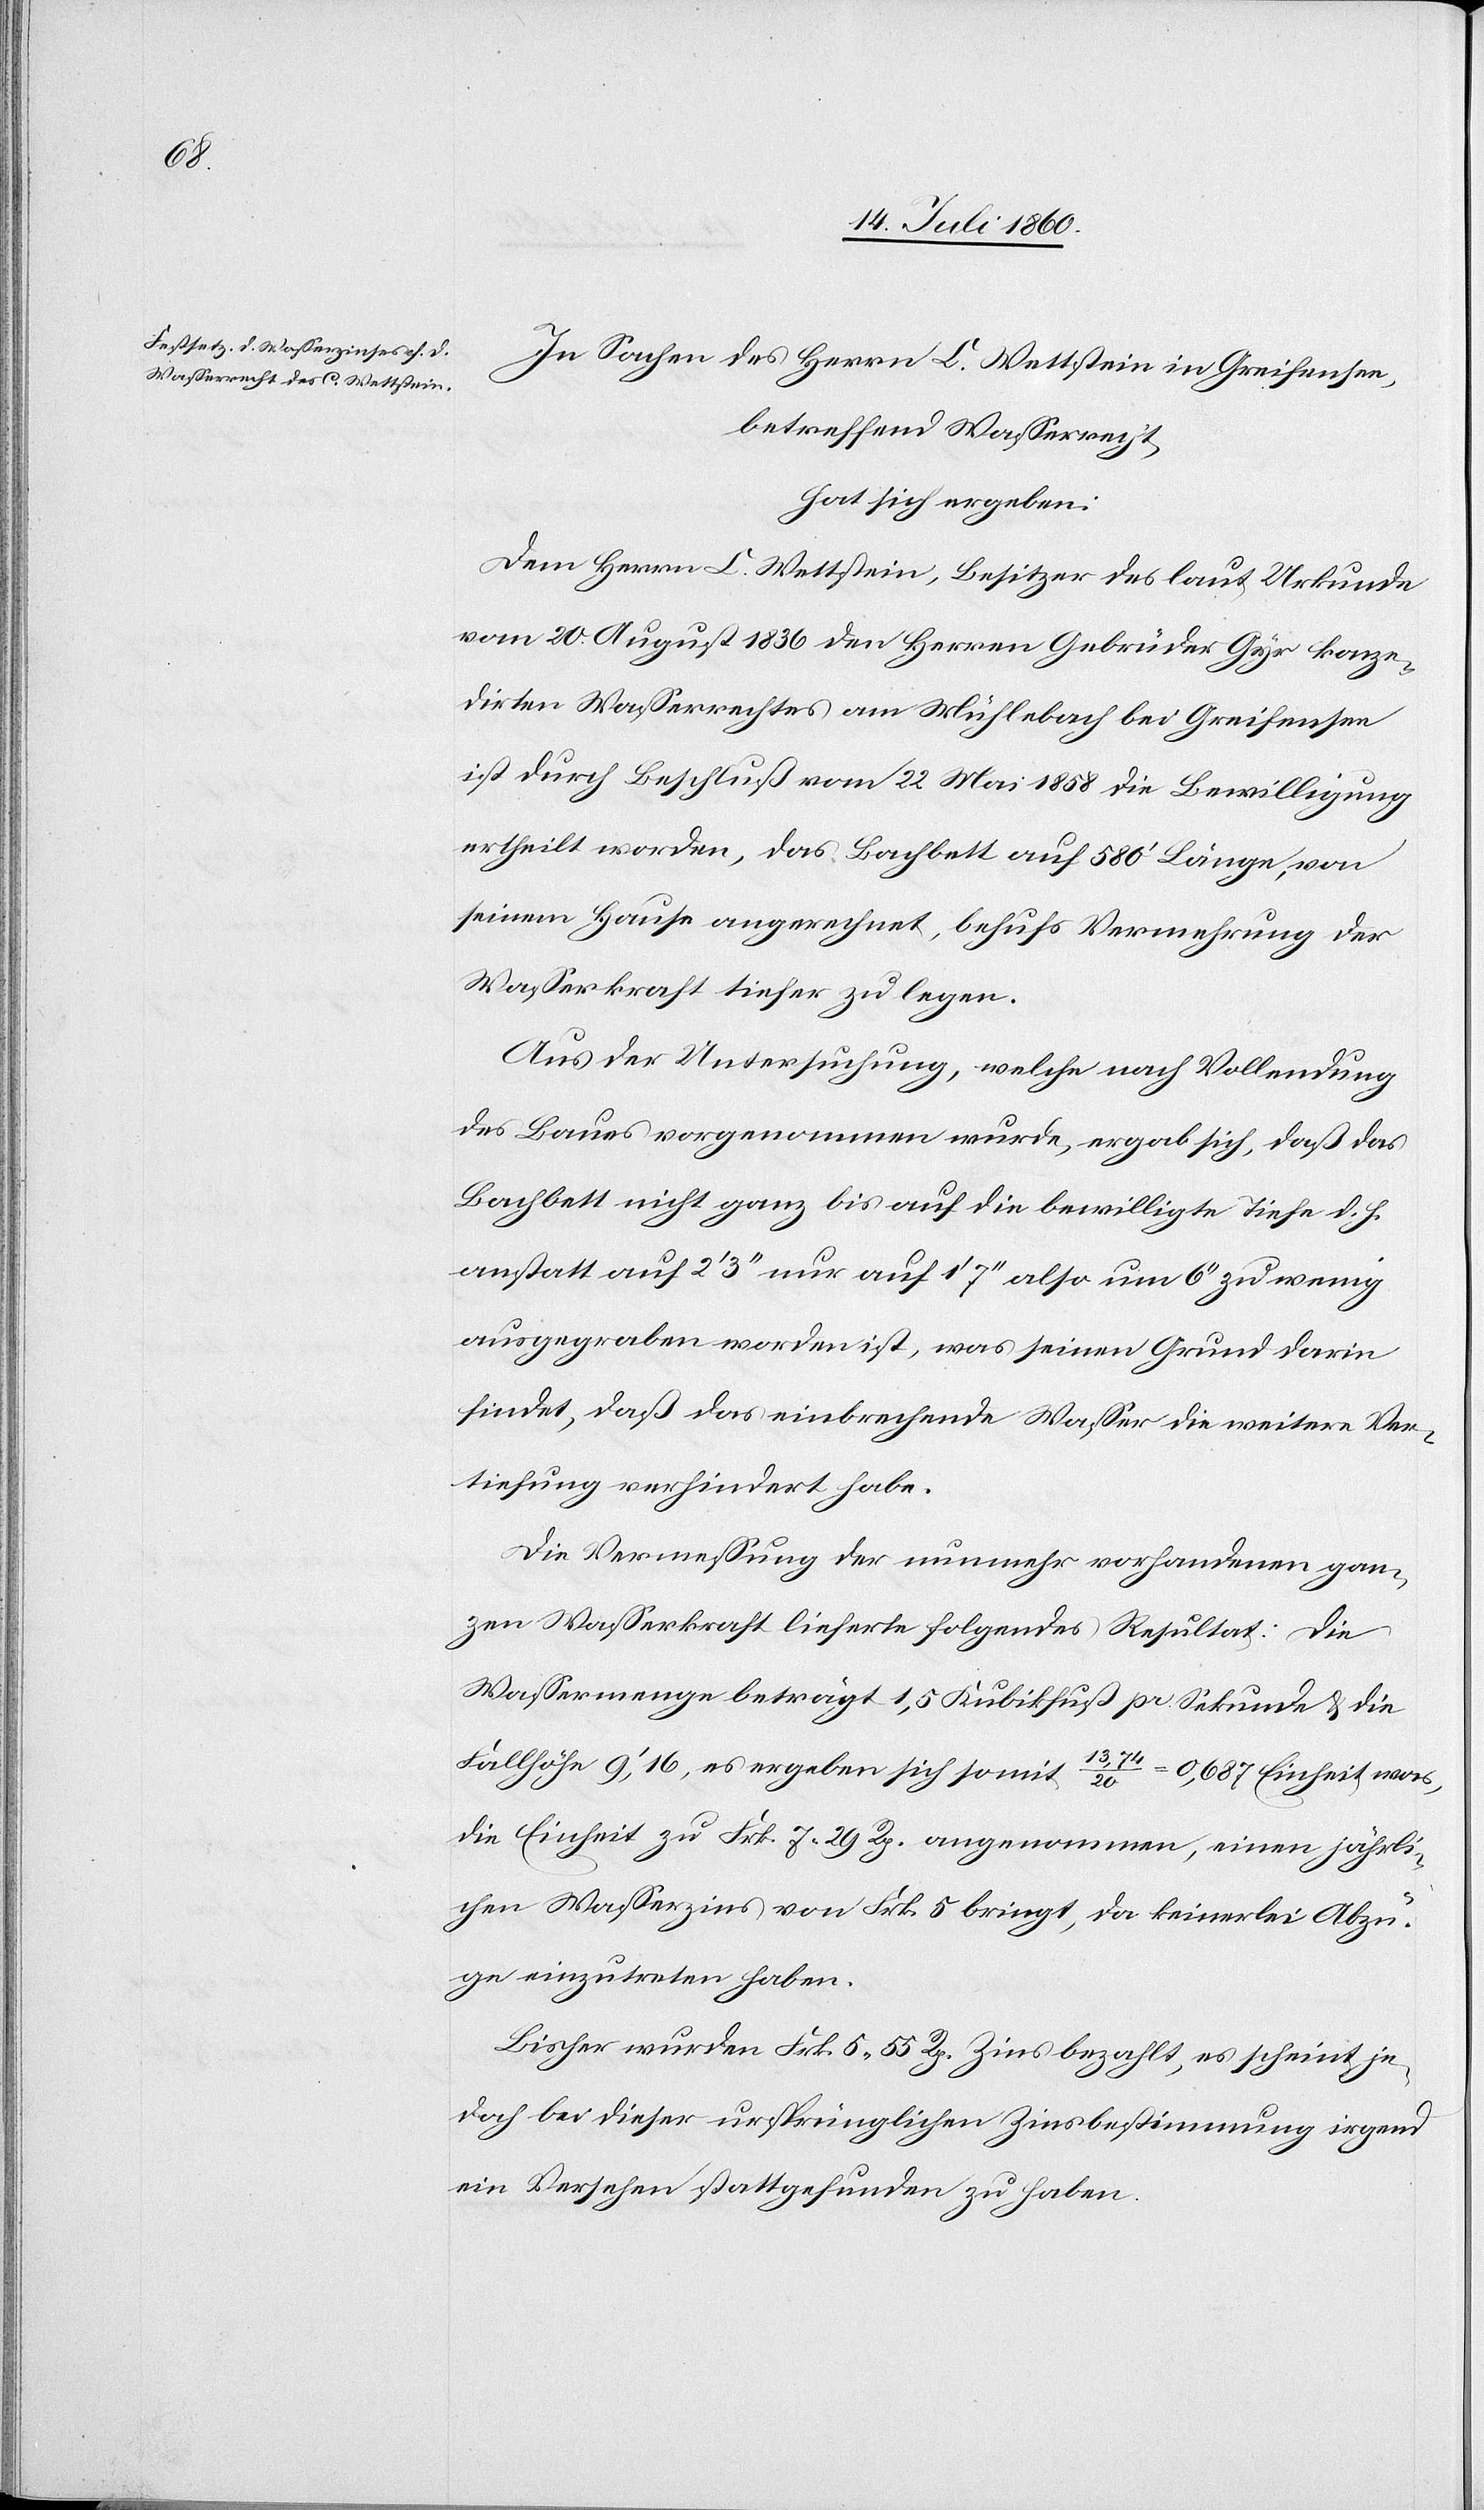
In Sachen des Herrn C. Wettstein in Greifensee,
betreffend Wasserrecht,
hat sich ergeben:
Dem Herrn C. Wettstein, Besitzer des laut Urkunde
vom 20. August 1836 den Herren Gebrüder Gyr konze¬
dirten Wasserrechtes am Mühlebach bei Greifensee
ist durch Beschluß vom 22. Mai 1858 die Bewilligung
ertheilt worden, das Bachbett auf 580’ Länge, von
seinem Hause angerechnet, behufs Vermehrung der
Wasserkraft tiefer zu legen.
Aus der Untersuchung, welche nach Vollendung
des Baues vorgenommen wurde, ergab sich, daß das
Bachbett nicht ganz bis auf die bewilligte Tiefe d. h.
anstatt auf 2’ 3’’ nur auf 1’ 7’’ also um 6’’ zu wenig
ausgegraben worden ist, was seinen Grund darin
findet, daß das einbrechende Wasser die weitere Ver¬
tiefung verhindert habe.
Die Vermessung der nunmehr vorhandenen gan¬
zen Wasserkraft lieferte folgendes Resultat: Die
Wassermenge beträgt 1,5 Kubikfuß pr. Sekunde & die
Fallhöhe 9’, 16, es ergeben sich somit 13,74/20 = 0,687 Einheit was,
die Einheit zu Frk. 7. 29 Rp. angenommen, einen jährli¬
chen Wasserzins von Frk. 5 bringt, da keinerlei Abzü¬
ge einzutreten haben.
Bisher wurden Frk. 5. 55 Rp. Zins bezahlt, es scheint je¬
doch bei dieser ursprünglichen Zinsbestimmung irgend
ein Versehen stattgefunden zu haben.